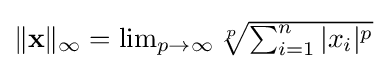
{\textstyle \|\mathbf {x} \|_{\infty }=\lim _{p\to \infty }{\sqrt[{p}]{\sum _{i=1}^{n}|x_{i}|^{p}}}}